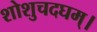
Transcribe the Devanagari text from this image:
शोशुचदघम्।